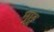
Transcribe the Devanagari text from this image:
मूछू